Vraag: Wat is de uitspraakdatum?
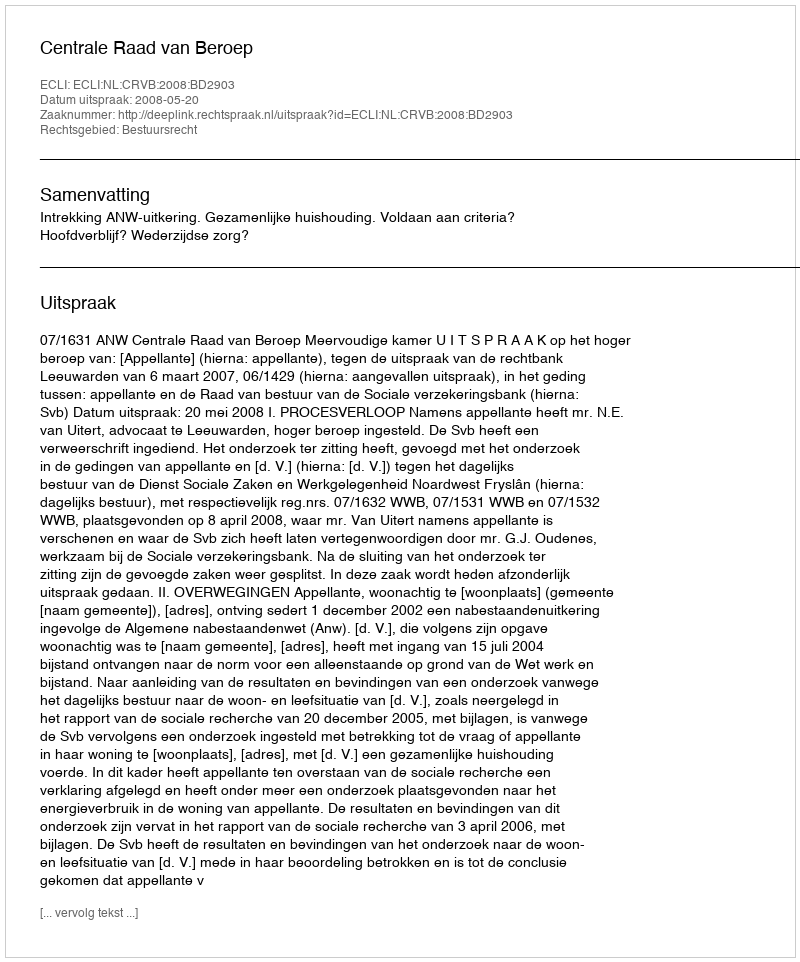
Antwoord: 2008-05-20